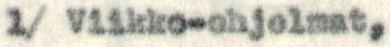
1/ Viikko-ohjelmat,